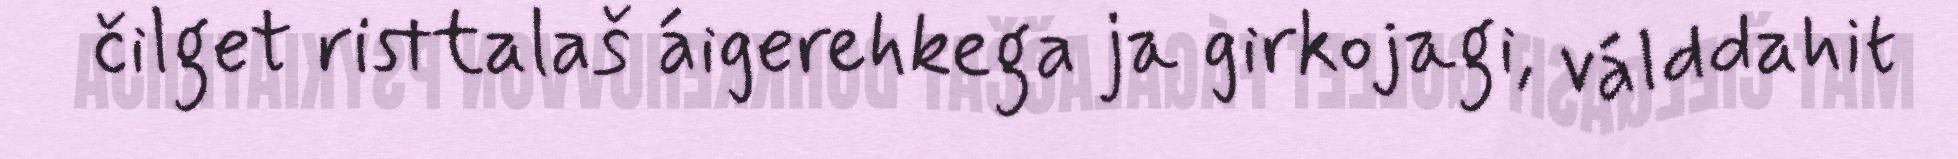
čilget risttalaš áigerehkega ja girkojagi, válddahit